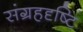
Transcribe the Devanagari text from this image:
संग्रहदृष्टि